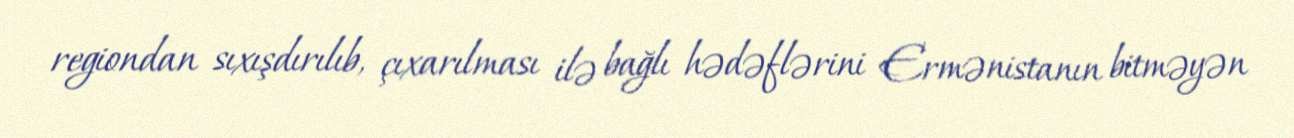
regiondan sıxışdırılıb, çıxarılması ilə bağlı hədəflərini Ermənistanın bitməyən